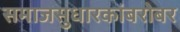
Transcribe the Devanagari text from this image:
समाजसुधारकांबरोबर